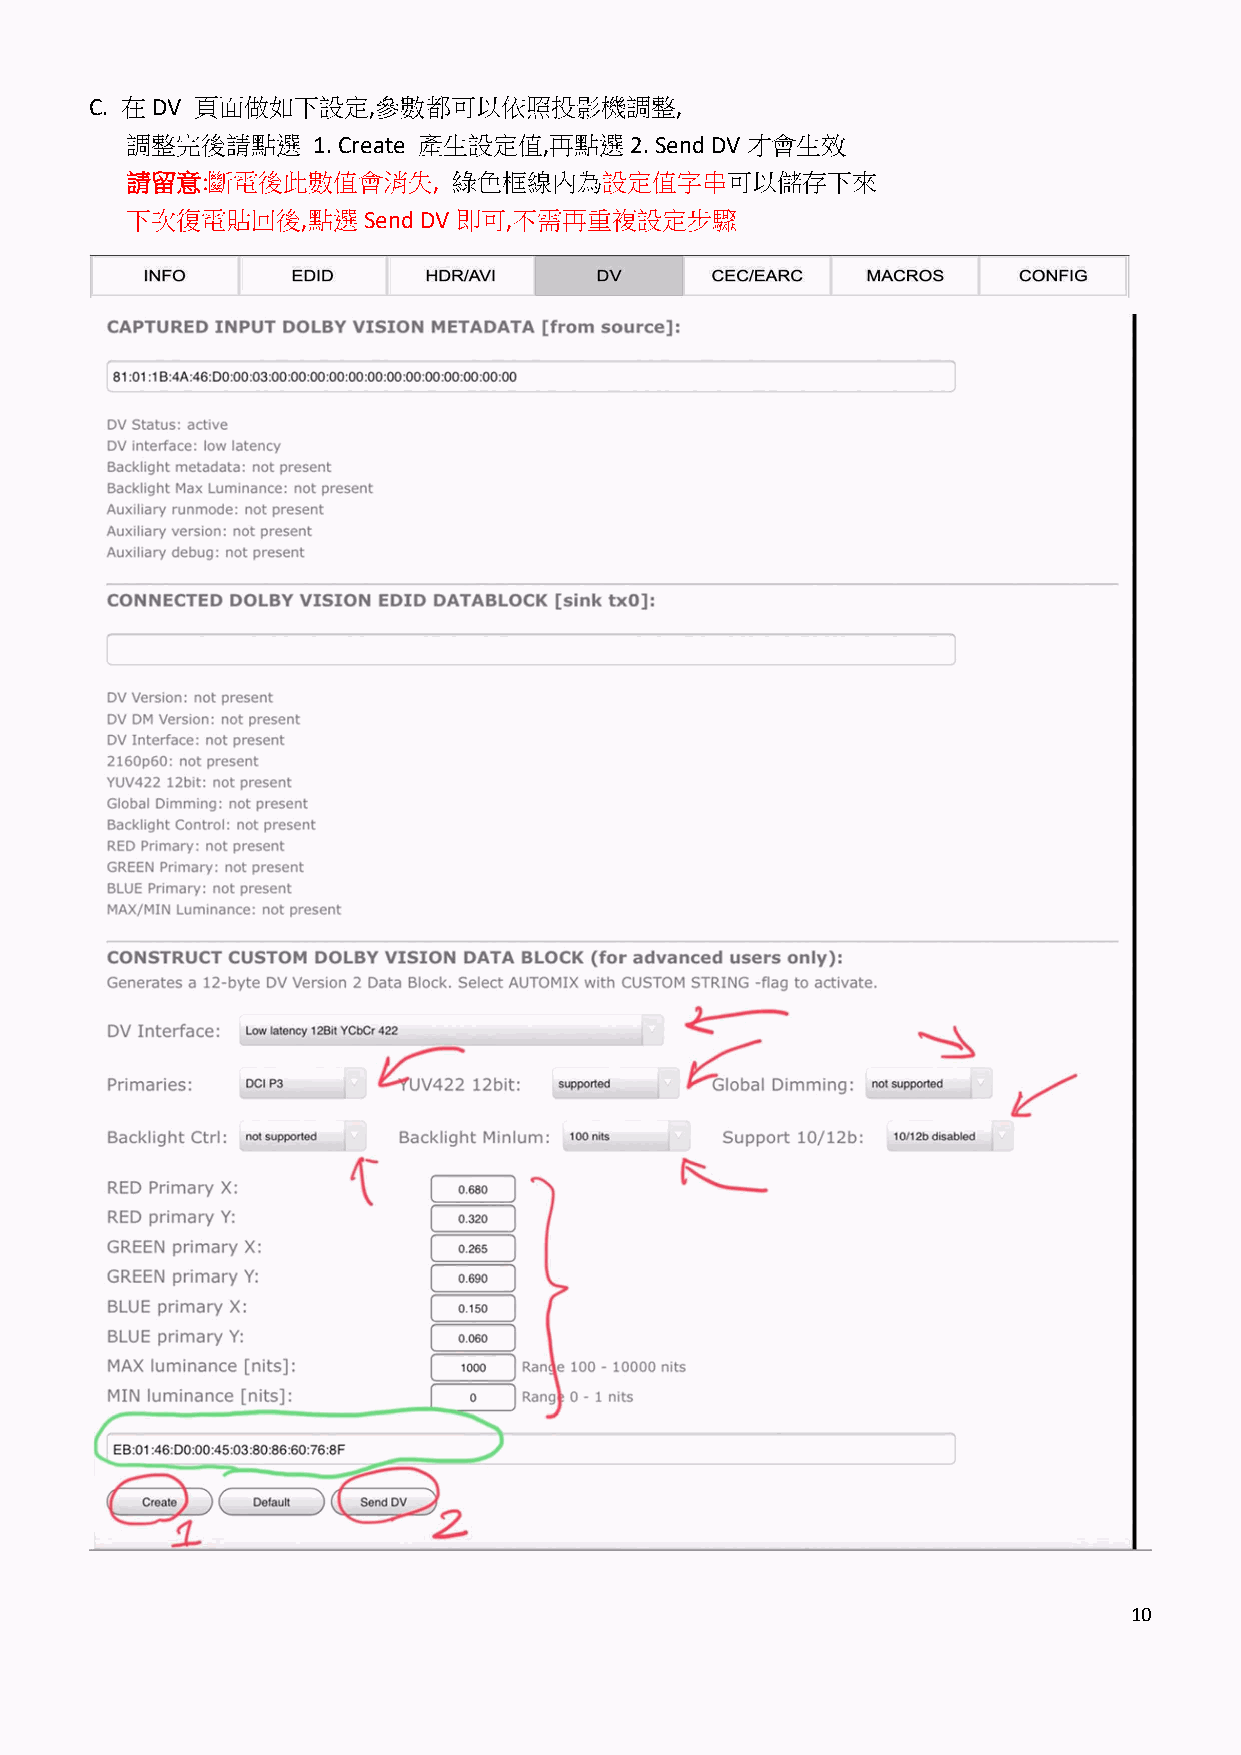
C. 在DV 頁面做如下設定,參數都可以依照投影機調整,
 調整完後請點選      1. Create 產生設定值,再點選2. Send DV 才會生效
 請留意:斷電後此數值會消失,        綠色框線內為設定值字串可以儲存下來
 下次復電貼回後,點選Send      DV即可,不需再重複設定步驟
 10